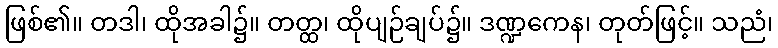
ဖြစ်၏။ တဒါ၊ ထိုအခါ၌။ တတ္ထ၊ ထိုပျဉ်ချပ်၌။ ဒဏ္ဍကေန၊ တုတ်ဖြင့်။ သညံ၊